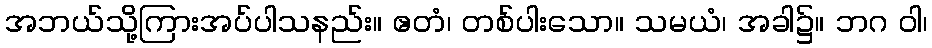
အဘယ်သို့ကြားအပ်ပါသနည်း။ ဧတံ၊ တစ်ပါးသော။ သမယံ၊ အခါ၌။ ဘဂ ဝါ၊